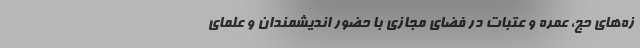
زه‌های حج، عمره و عتبات در فضای مجازی با حضور اندیشمندان و علمای